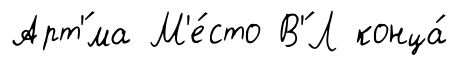
Арт'́ма М'е́сто В'́Л конца́